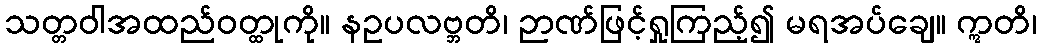
သတ္တဝါအထည်ဝတ္ထုကို။ နဥပလဗ္ဘတိ၊ ဉာဏ်ဖြင့်ရှုကြည့်၍ မရအပ်ချေ။ ဣတိ၊